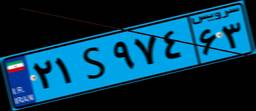
۲۱S۹۷۴۶۳